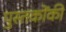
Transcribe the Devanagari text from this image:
पुस्‍तकोंकी